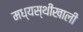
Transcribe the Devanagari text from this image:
मध्यस्थीखाली